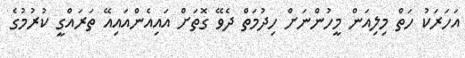
އަހަރަކު ހަތް މިލިއަން މީހުންނަށް ހިދުމަތް ދެވޭ ގޮތަށް އައިއެންއައިއޭ ތަރައްގީ ކުރުމުގެ